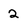
Character: 2